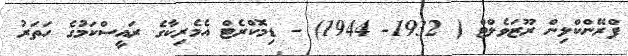
ފްރޭންކްލިން ރޫޒަވެލްޓް ( 1932- 1944) - ޑިމޮކްރެޓް އެމެރިކާގެ ރައީސްކަމުގެ ހަތަރު